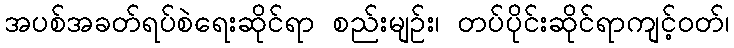
အပစ်အခတ်ရပ်စဲရေးဆိုင်ရာ စည်းမျဉ်း၊ တပ်ပိုင်းဆိုင်ရာကျင့်ဝတ်၊